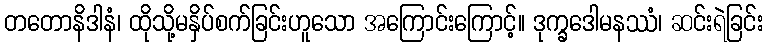
တတောနိဒါနံ၊ ထိုသို့မနှိပ်စက်ခြင်းဟူသော အကြောင်းကြောင့်။ ဒုက္ခဒေါမနဿံ၊ ဆင်းရဲခြင်း